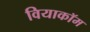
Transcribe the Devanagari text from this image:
वियाकॉम